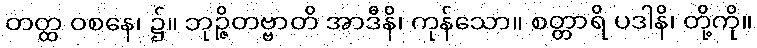
တတ္ထ ဝစနေ၊ ၌။ ဘုဉ္ဇိတဗ္ဗာတိ အာဒီနိ၊ ကုန်သော။ စတ္တာရိ ပဒါနိ၊ တို့ကို။